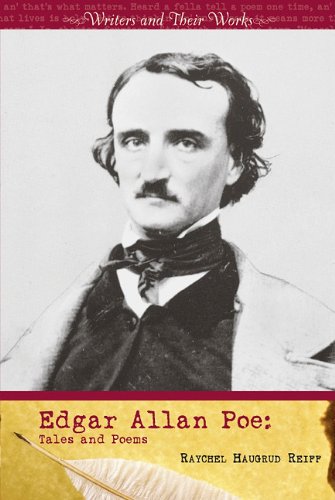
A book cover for Edgar Allan Poe: Tales and Poems (Writers and Their Work); Raychel Haugrud Reiff; Teen & Young Adult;